画像に写った文字を読んでください
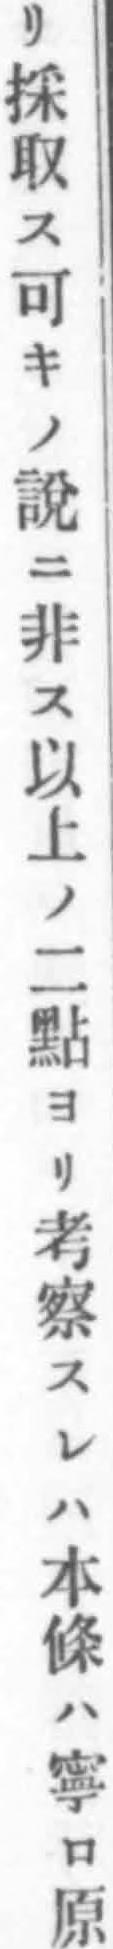
「リ採取ス可キノ說ニ非ス以上ノ二點ヨリ考察スレハ本條ハ寧ロ原」と書いてあります